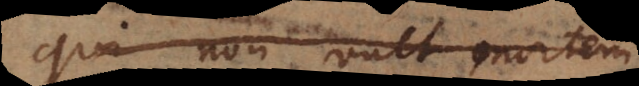
qui non vult mortem